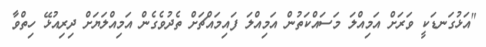
"އަޅުގަނޑަކީ ވަރަށް އަމިއްލަ މަސައްކަތުން އަމިއްލަ ފައިމައްޗަށް ތެދުވެގެން އަމިއްލަޔަށް ދިރިއުޅޭ ހިތްވާ